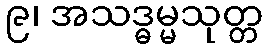
၉၊ အသဒ္ဓမ္မသုတ္တ